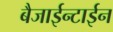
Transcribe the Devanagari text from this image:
बैजाईन्टाईन